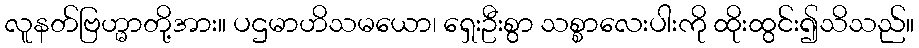
လူနတ်ဗြဟ္မာတို့အား။ ပဌမာဟိသမယော၊ ရှေးဦးစွာ သစ္စာလေးပါးကို ထိုးထွင်း၍သိသည်။